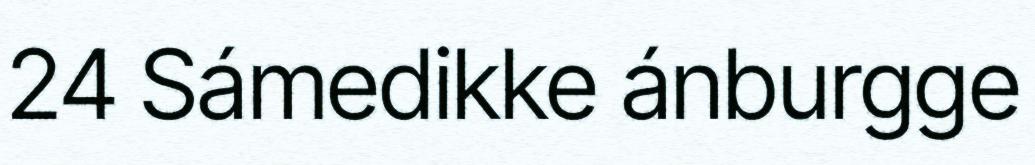
24 Sámedikke ánburgge